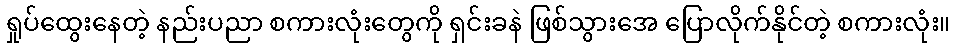
ရှုပ်ထွေးနေတဲ့ နည်းပညာ စကားလုံးတွေကို ရှင်းခနဲ ဖြစ်သွားအေ ပြောလိုက်နိုင်တဲ့ စကားလုံး။